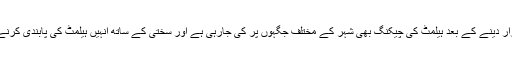
اسی طرح سواروں کےلئے ہیلمٹ لازمی قرار دینے کے بعد ہیلمٹ کی چیکنگ بھی شہر کے مختلف جگہوں پر کی جارہی ہے اور سختی کے ساتھ انہیں ہیلمٹ کی پابندی کرنےکا حکم دیتے ہوئے جرمانہ لگایا جارہاہے۔